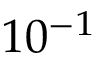
1 0 ^ { - 1 }